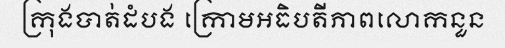
ក្រុងបាត់ដំបង ក្រោមអធិបតីភាពលោកនួន